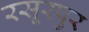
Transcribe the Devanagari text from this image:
रसूरपुर